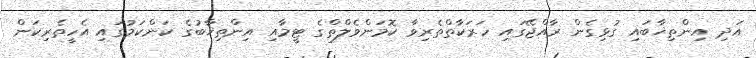
އަދި އިންތިޚާބައި ގުޅިގެން ރާއްޖޭގައި ހަރަކާތްތެރިވާ ކޮމަންވެލްތްގެ ޓީމާއި އިންތިޚާބުގެ ކަންކަމުގައި އެހީތެރިކަން